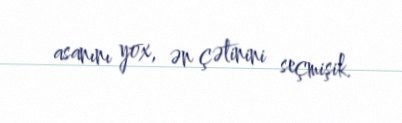
asanını yox, ən çətinini seçmişik.